Report on vaccination North-West Frontier Province 1904-1922 - 1904-1922
Year: 1904
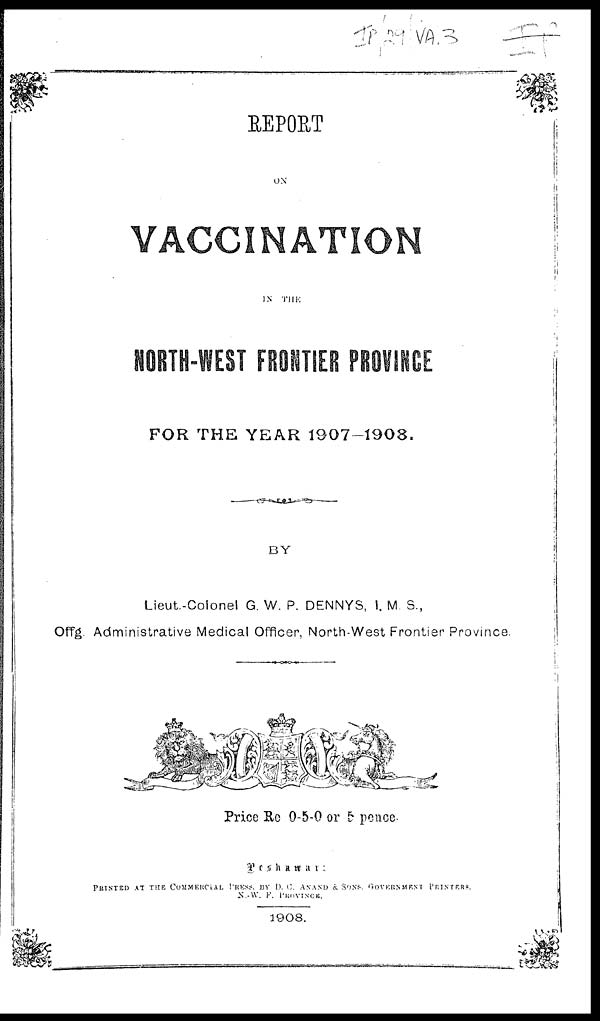
REPORT
ON
VACCINATION
IN THE
NORTH-WEST FRONTIER PROVINCE
FOR THE YEAR 1907-1908.
BY
Lieut.-Colonel G. W. P. DENNYS, I. M. S.,
Offg Administrative Medical Officer, North-West Frontier Province.
Price Re 0-5-0 or 5 pence.
Peshawar:
PRINTED AT THE COMMERCIAL PRESS, BY D. C. ANAND & SONS. GOVERNMENT PRINTERS.
N.-W. F. PROVINCE.
1908.